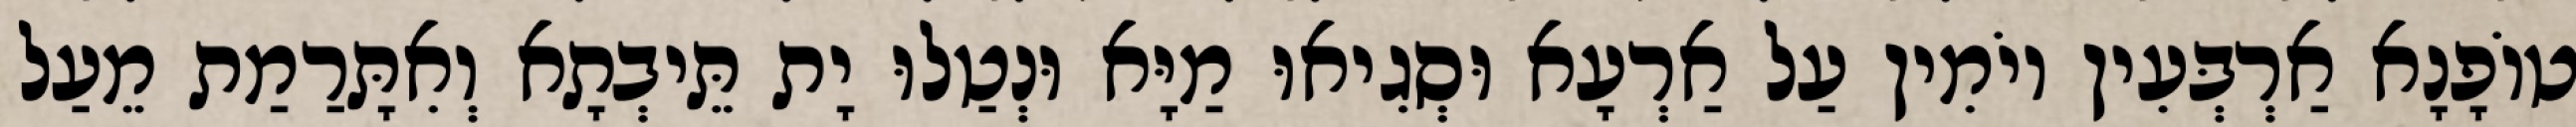
טוֹפָנָא אַרְבְּעִין יוֹמִין עַל אַרְעָא וּסְגִיאוּ מַיָּא וּנְטַלוּ יָת תֵּיבְתָא וְאִתָּרַמַת מֵעַל